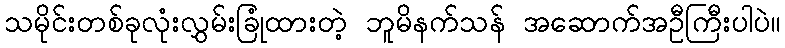
သမိုင်းတစ်ခုလုံးလွှမ်းခြုံထားတဲ့ ဘူမိနက်သန် အဆောက်အဦကြီးပါပဲ။